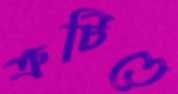
ত্রুটিতে